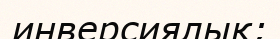
инверсиялық;